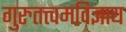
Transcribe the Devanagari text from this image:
गुरुतत्त्वमविज्ञाय